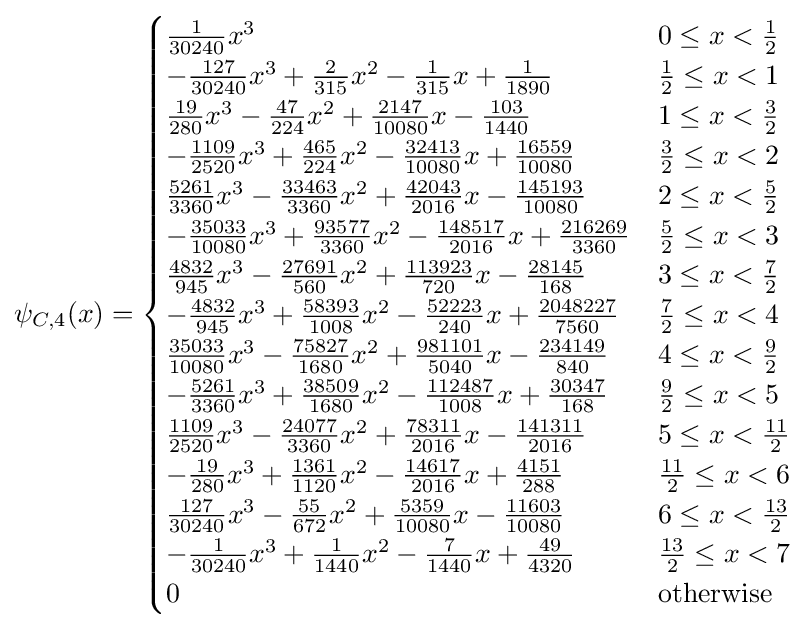
\psi _{C,4}(x)={\begin{cases}{\frac {1}{30240}}x^{3}&0\leq x<{\frac {1}{2}}\\-{\frac {127}{30240}}x^{3}+{\frac {2}{315}}x^{2}-{\frac {1}{315}}x+{\frac {1}{1890}}&{\frac {1}{2}}\leq x<1\\{\frac {19}{280}}x^{3}-{\frac {47}{224}}x^{2}+{\frac {2147}{10080}}x-{\frac {103}{1440}}&1\leq x<{\frac {3}{2}}\\-{\frac {1109}{2520}}x^{3}+{\frac {465}{224}}x^{2}-{\frac {32413}{10080}}x+{\frac {16559}{10080}}&{\frac {3}{2}}\leq x<2\\{\frac {5261}{3360}}x^{3}-{\frac {33463}{3360}}x^{2}+{\frac {42043}{2016}}x-{\frac {145193}{10080}}&2\leq x<{\frac {5}{2}}\\-{\frac {35033}{10080}}x^{3}+{\frac {93577}{3360}}x^{2}-{\frac {148517}{2016}}x+{\frac {216269}{3360}}&{\frac {5}{2}}\leq x<3\\{\frac {4832}{945}}x^{3}-{\frac {27691}{560}}x^{2}+{\frac {113923}{720}}x-{\frac {28145}{168}}&3\leq x<{\frac {7}{2}}\\-{\frac {4832}{945}}x^{3}+{\frac {58393}{1008}}x^{2}-{\frac {52223}{240}}x+{\frac {2048227}{7560}}&{\frac {7}{2}}\leq x<4\\{\frac {35033}{10080}}x^{3}-{\frac {75827}{1680}}x^{2}+{\frac {981101}{5040}}x-{\frac {234149}{840}}&4\leq x<{\frac {9}{2}}\\-{\frac {5261}{3360}}x^{3}+{\frac {38509}{1680}}x^{2}-{\frac {112487}{1008}}x+{\frac {30347}{168}}&{\frac {9}{2}}\leq x<5\\{\frac {1109}{2520}}x^{3}-{\frac {24077}{3360}}x^{2}+{\frac {78311}{2016}}x-{\frac {141311}{2016}}&5\leq x<{\frac {11}{2}}\\-{\frac {19}{280}}x^{3}+{\frac {1361}{1120}}x^{2}-{\frac {14617}{2016}}x+{\frac {4151}{288}}&{\frac {11}{2}}\leq x<6\\{\frac {127}{30240}}x^{3}-{\frac {55}{672}}x^{2}+{\frac {5359}{10080}}x-{\frac {11603}{10080}}&6\leq x<{\frac {13}{2}}\\-{\frac {1}{30240}}x^{3}+{\frac {1}{1440}}x^{2}-{\frac {7}{1440}}x+{\frac {49}{4320}}&{\frac {13}{2}}\leq x<7\\0&{\text{otherwise}}\end{cases}}